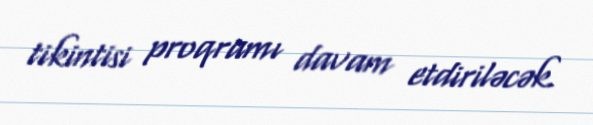
tikintisi proqramı davam etdiriləcək.